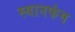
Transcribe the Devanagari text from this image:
स्यानफंग